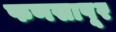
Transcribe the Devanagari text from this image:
फणसापूर